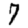
Digit: 7